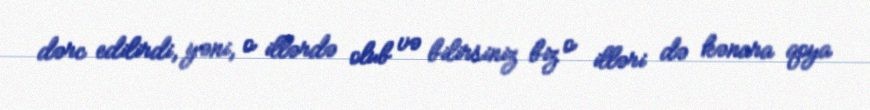
dərc edilirdi, yəni, o illərdə olub və bilirsiniz biz o illəri də kənara qoya